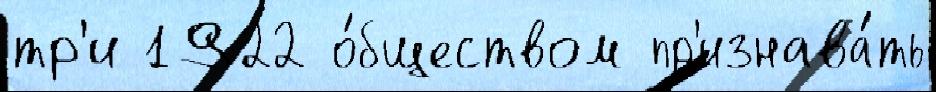
тр'и 1922 о́бществом пр'изнава́ть